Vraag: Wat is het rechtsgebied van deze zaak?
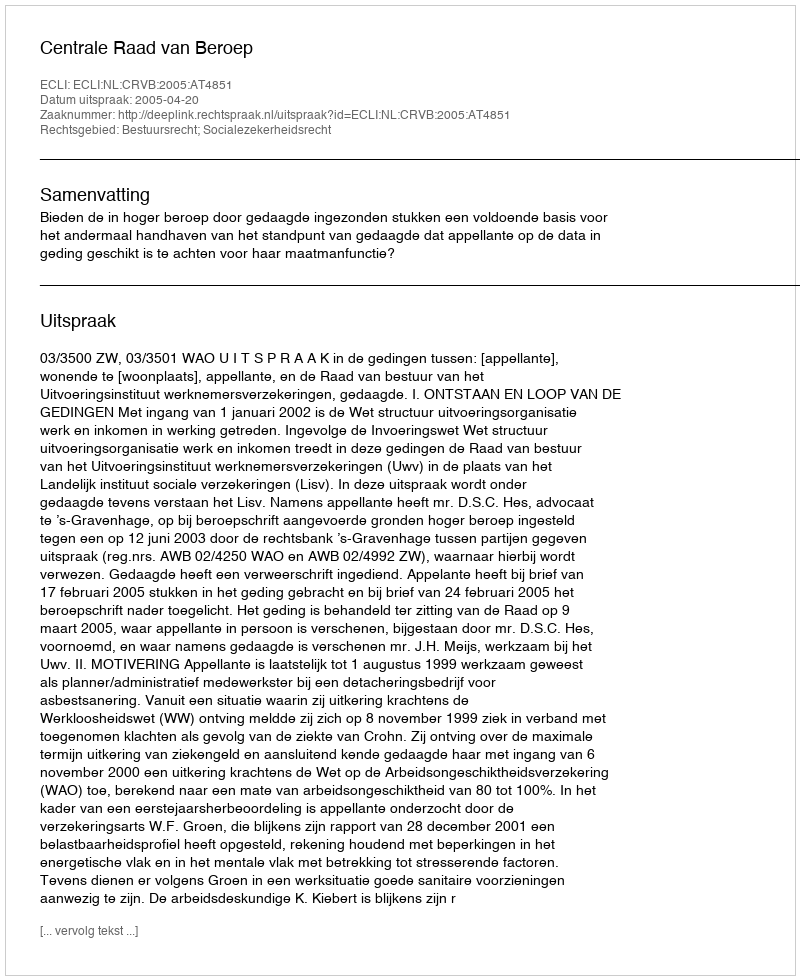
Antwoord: Bestuursrecht; Socialezekerheidsrecht